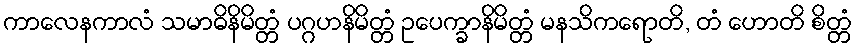
ကာလေနကာလံ သမာဓိနိမိတ္တံ ပဂ္ဂဟနိမိတ္တံ ဥပေက္ခာနိမိတ္တံ မနသိကရောတိ, တံ ဟောတိ စိတ္တံ